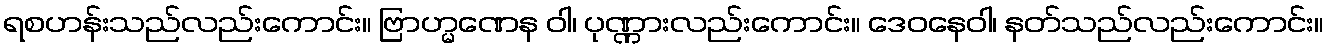
ရစဟန်းသည်လည်းကောင်း။ ဗြာဟ္မဏေန ဝါ၊ ပုဏ္ဏားလည်းကောင်း။ ဒေဝနေဝါ၊ နတ်သည်လည်းကောင်း။